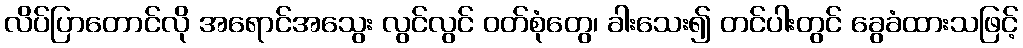
လိပ်ပြာတောင်လို အရောင်အသွေး လွင်လွင် ဝတ်စုံတွေ၊ ခါးသေး၍ တင်ပါးတွင် ခွေခံထားသဖြင့်